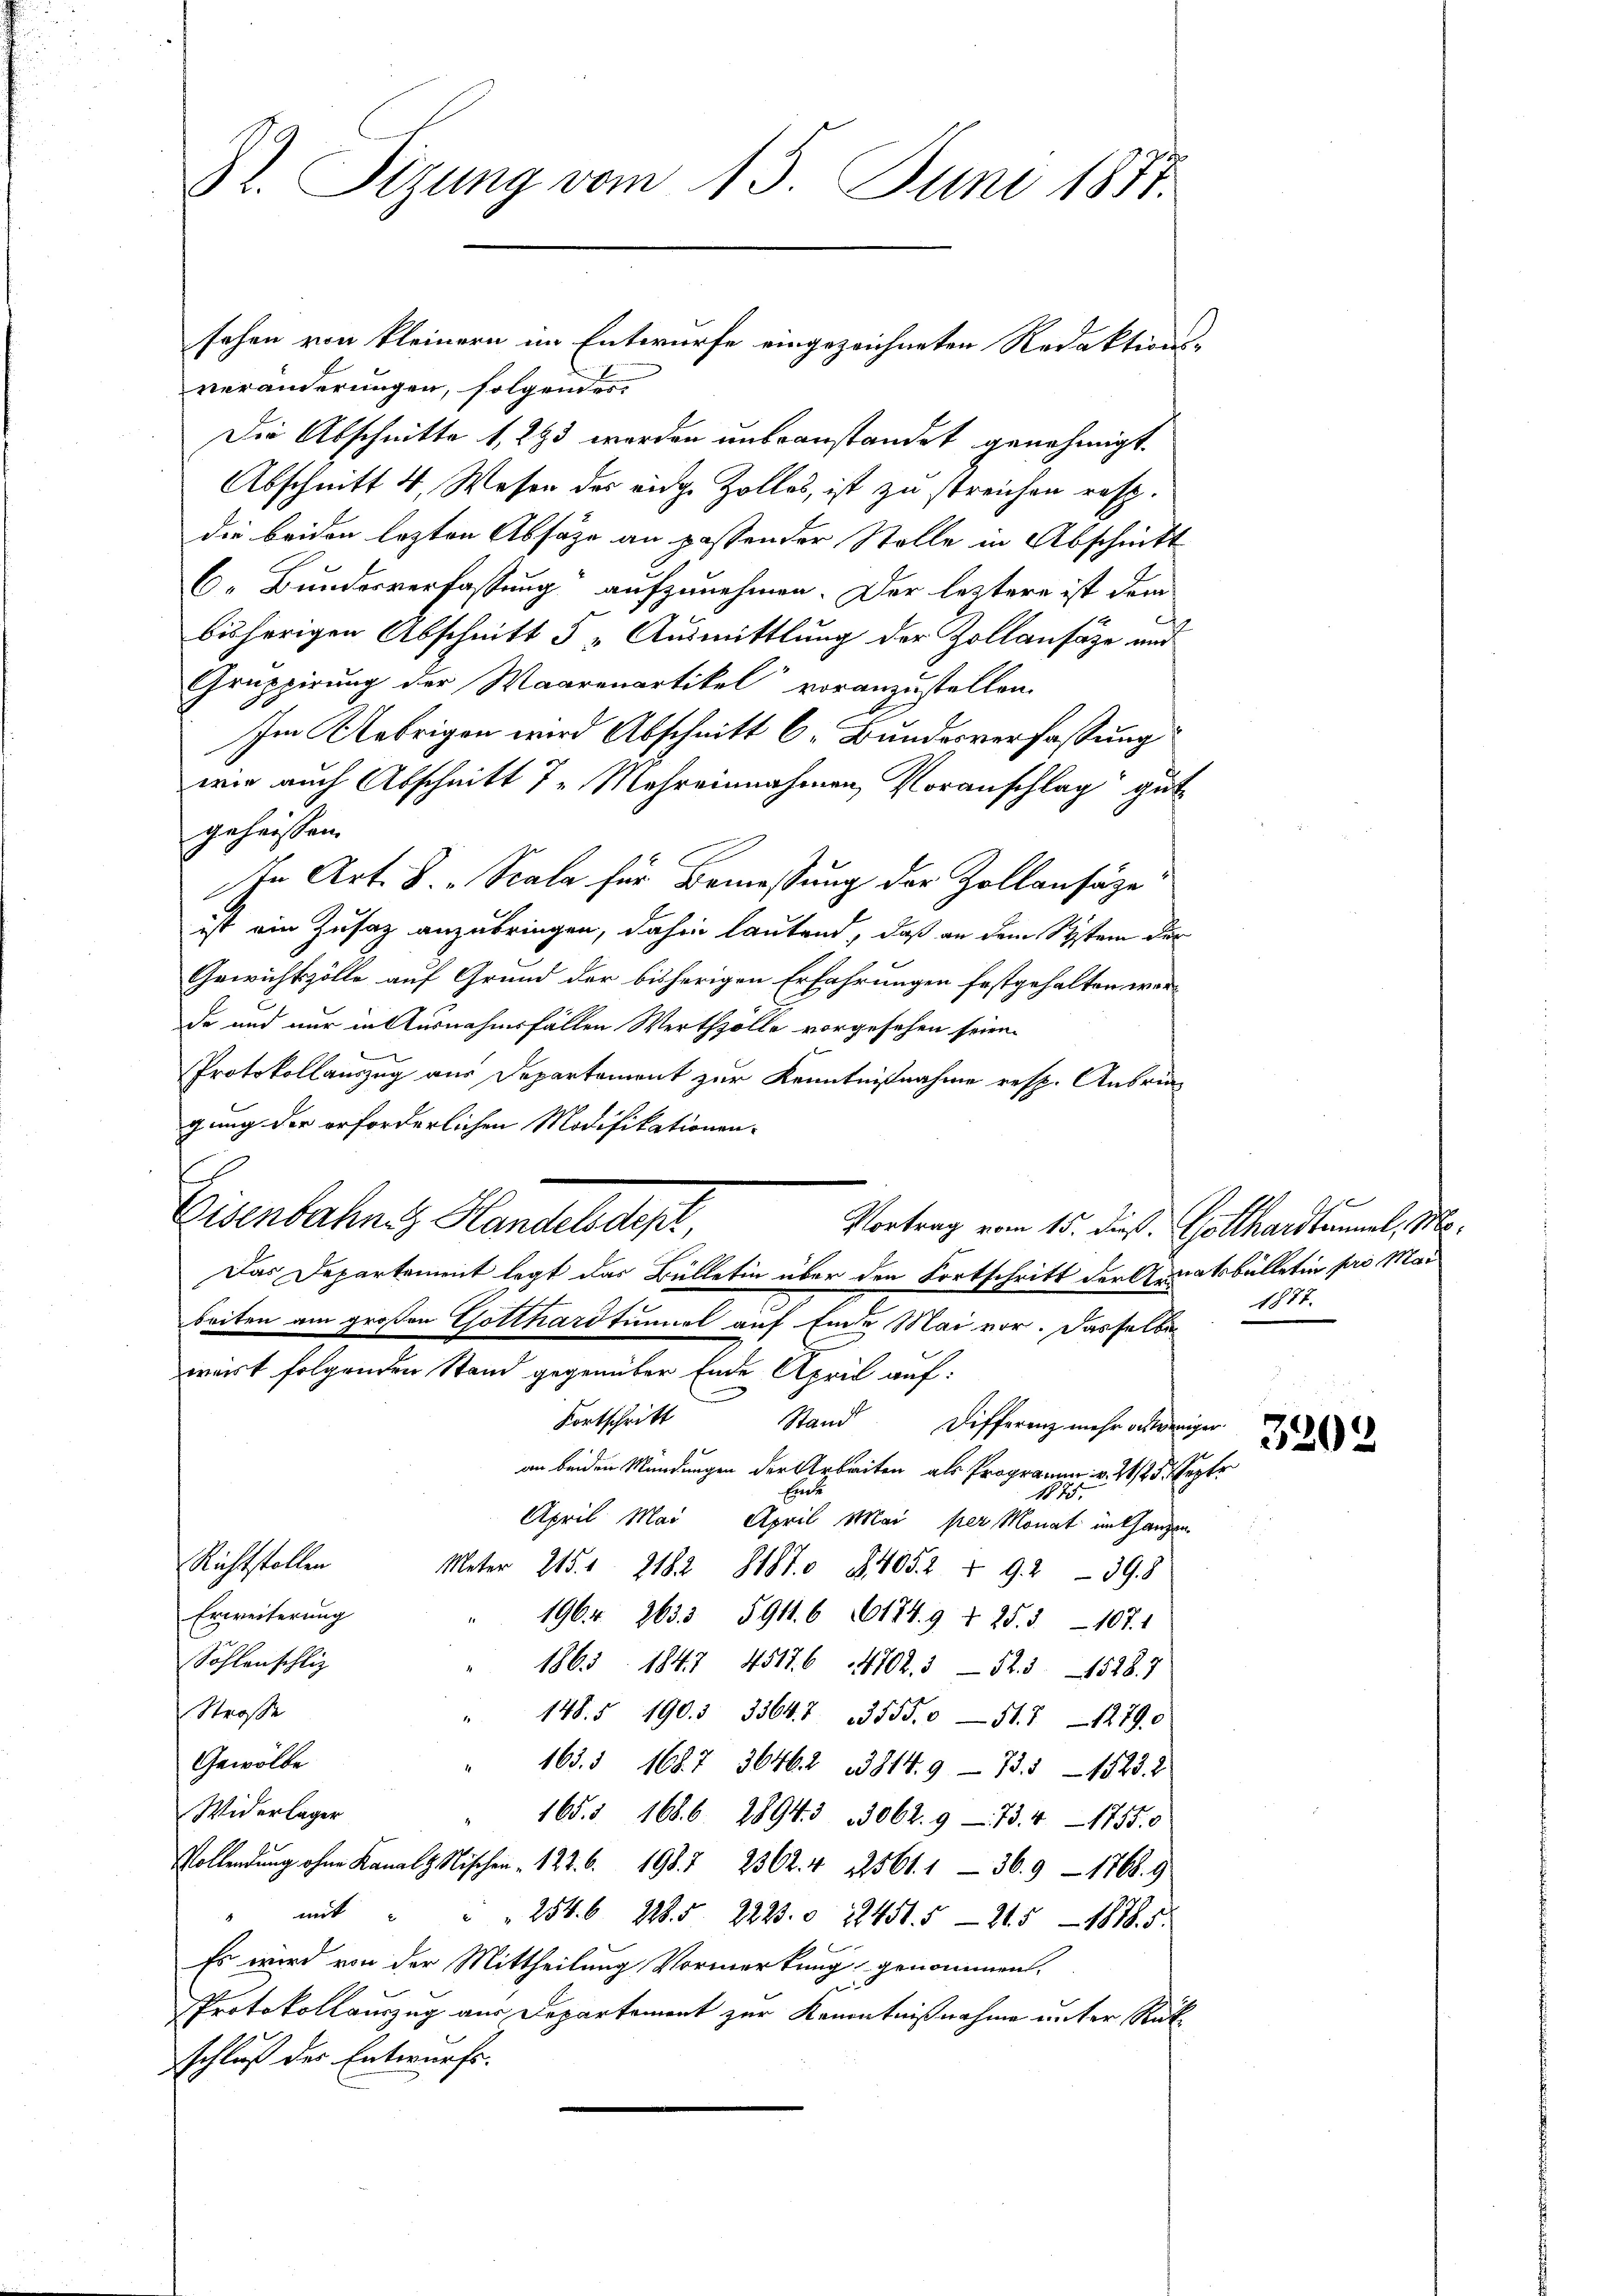
St. Sizung vom 15. Juni 1881.

veränderungen, folgendes
Die Abschnitte 1, 293 werden unbeanstandet genehmigt.
Abschnitt 4., Wesen des eidg. Zolles, ist zu streichen resp.
die beiden lezten Absätze an passender Stolle in Abschnitt
C. Bundesverfassung“ aufzunehmen. Der letztere ist dem
bisherigen Abschnitt 5 „Ausmittlung der Zollansäze und
Gruppirung der Waarenartikel voranzustellen.
Im Uebrigen wird Abschnitt b. Bundesverfassung
wie auch Abschnitt 7. Mehreinnahmen, Voranschlag gut
geheissen.
In Art. 8. Scala für Bemessung der Zollansäze
ist ein Zusatz anzubringen, dahin lautend, daß an dem System der
Gewichtszölle auf Grund der bisherigen Erfahrungen festgehalten werde und nur in Ausnahmsfällen Werthzölle vorgesehen seien.
Protokollauszug aus Departement zur Kenntnißnahme resp. Anbrin
gung der erforderlichen Modifikationen-
f
Eisenbahnen Handels dept,
Das Departement legt das Bülletin über den Fortschritt der Genatsbülletin pro Mai
beiten am großen Gotthardtunnel auf Ende Mai vor. Dasselbe 1877.
wiirt folgenden Stand gegenüber Ende April auf:
Kortschritt
Stand Differenz mehr anweniger
an beiden Mündungen der Arbeiten als Programm v. 21/25. Septe
Erer
1875.
April Mai April Mai per Monat enthangen
Richtstollen
Meter 215. 12182 8487. 24052 § 92 - 398
Erweiterung
1964. 2633. 591. 6 (174. 9 f 25. d. 107.
Sohlenschlig
1865. 1847 45186 4702. 552. 3. 1528. 7
Straße
148. 190. 3364. 3555. 051. 11279
Gewölbe
163. 1687 36462 1814. 9 - 751 - 1523. 2
Widerlager
1655. 1686. 2894. 3062. 973. 417550
Vollendung ohne Kanals Nischen " 122. 6. 198. 2362. 4 2561. 136. 9 - 1768. 9
" mit " " 254. 6 228.5 2223. d. 12451. 5215 - 1878.5.
Es wird von der Mittheilung Vormerkung genommen.
Protokollauszug aus Departement zur Kenntnißnahme unter Rükschluß des Entwurfs.

sehen von kleinern im Entwurfe eingezeichneten Redaktions-

Vortrag vom 15. dieß Gotthardtammel, Mo¬

3202